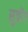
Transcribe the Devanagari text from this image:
सुचोंग